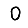
Digit: 0